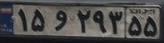
۱۵و۲۹۳۵۵